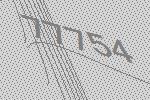
77754